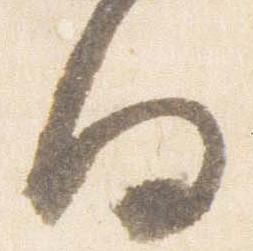
向